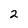
Character: 2